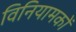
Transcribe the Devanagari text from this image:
विनियामकों